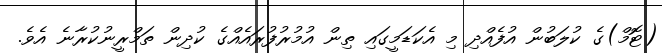
(ޓޮމް)ގެ ކުލަބުން އުފެއްދި މި އެކަޑަމީގައި ތިން އުމުރުފުރައެއްގެ ކުދިން ތަމްރީނުކުރާނެ އެވެ.